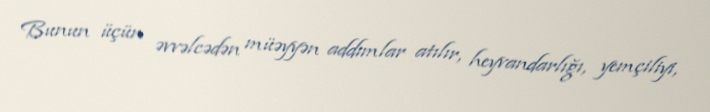
Bunun üçün əvvəlcədən müəyyən addımlar atılır, heyvandarlığı, yemçiliyi,